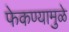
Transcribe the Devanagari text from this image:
फेकण्यामुळे